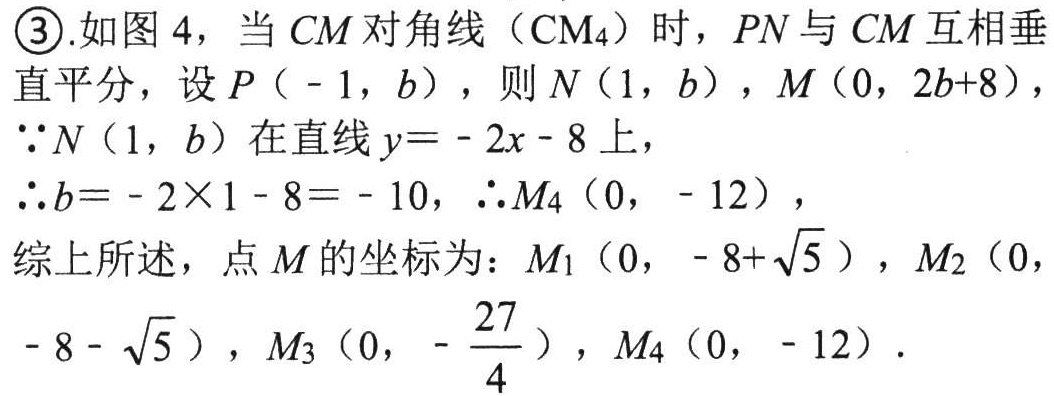
\textcircled{3}.如图 4，当 \(CM\) 对角线（\(CM_{4}\)）时，\(PN\) 与 \(CM\) 互相垂直平分，设 \(P(-1,b)\)，则 \(N(1,b)\)，\(M(0,2b + 8)\)，
\(\because N(1,b)\) 在直线 \(y = - 2x - 8\) 上，
\(\therefore b=-2\times1 - 8=-10\)，\(\therefore M_{4}(0,-12)\)，
综上所述，点 \(M\) 的坐标为：\(M_{1}(0,-8+\sqrt{5})\)，\(M_{2}(0,-8 - \sqrt{5})\)，\(M_{3}(0,-\frac{27}{4})\)，\(M_{4}(0,-12)\)．